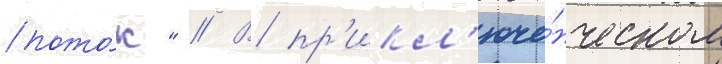
пото́к" // В пр'икл'юче́нческом